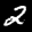
Label: 2